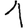
Digit: 1